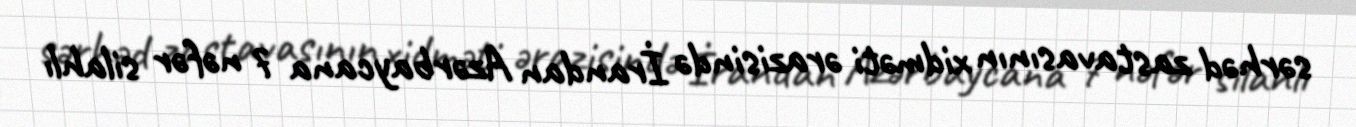
sərhəd zastavasının xidməti ərazisində İrandan Azərbaycana 7 nəfər silahlı